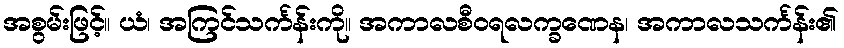
အစွမ်းဖြင့်။ ယံ၊ အကြင်သင်္ကန်းကို။ အကာလစီဝရလက္ခဏေန၊ အကာလသင်္ကန်း၏